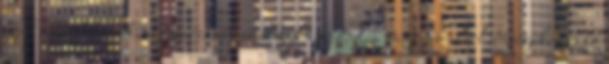
ezek másolatának megszerzésére szolgáló módokra vagy az elérhetőségükre való